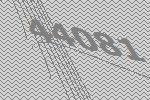
44081